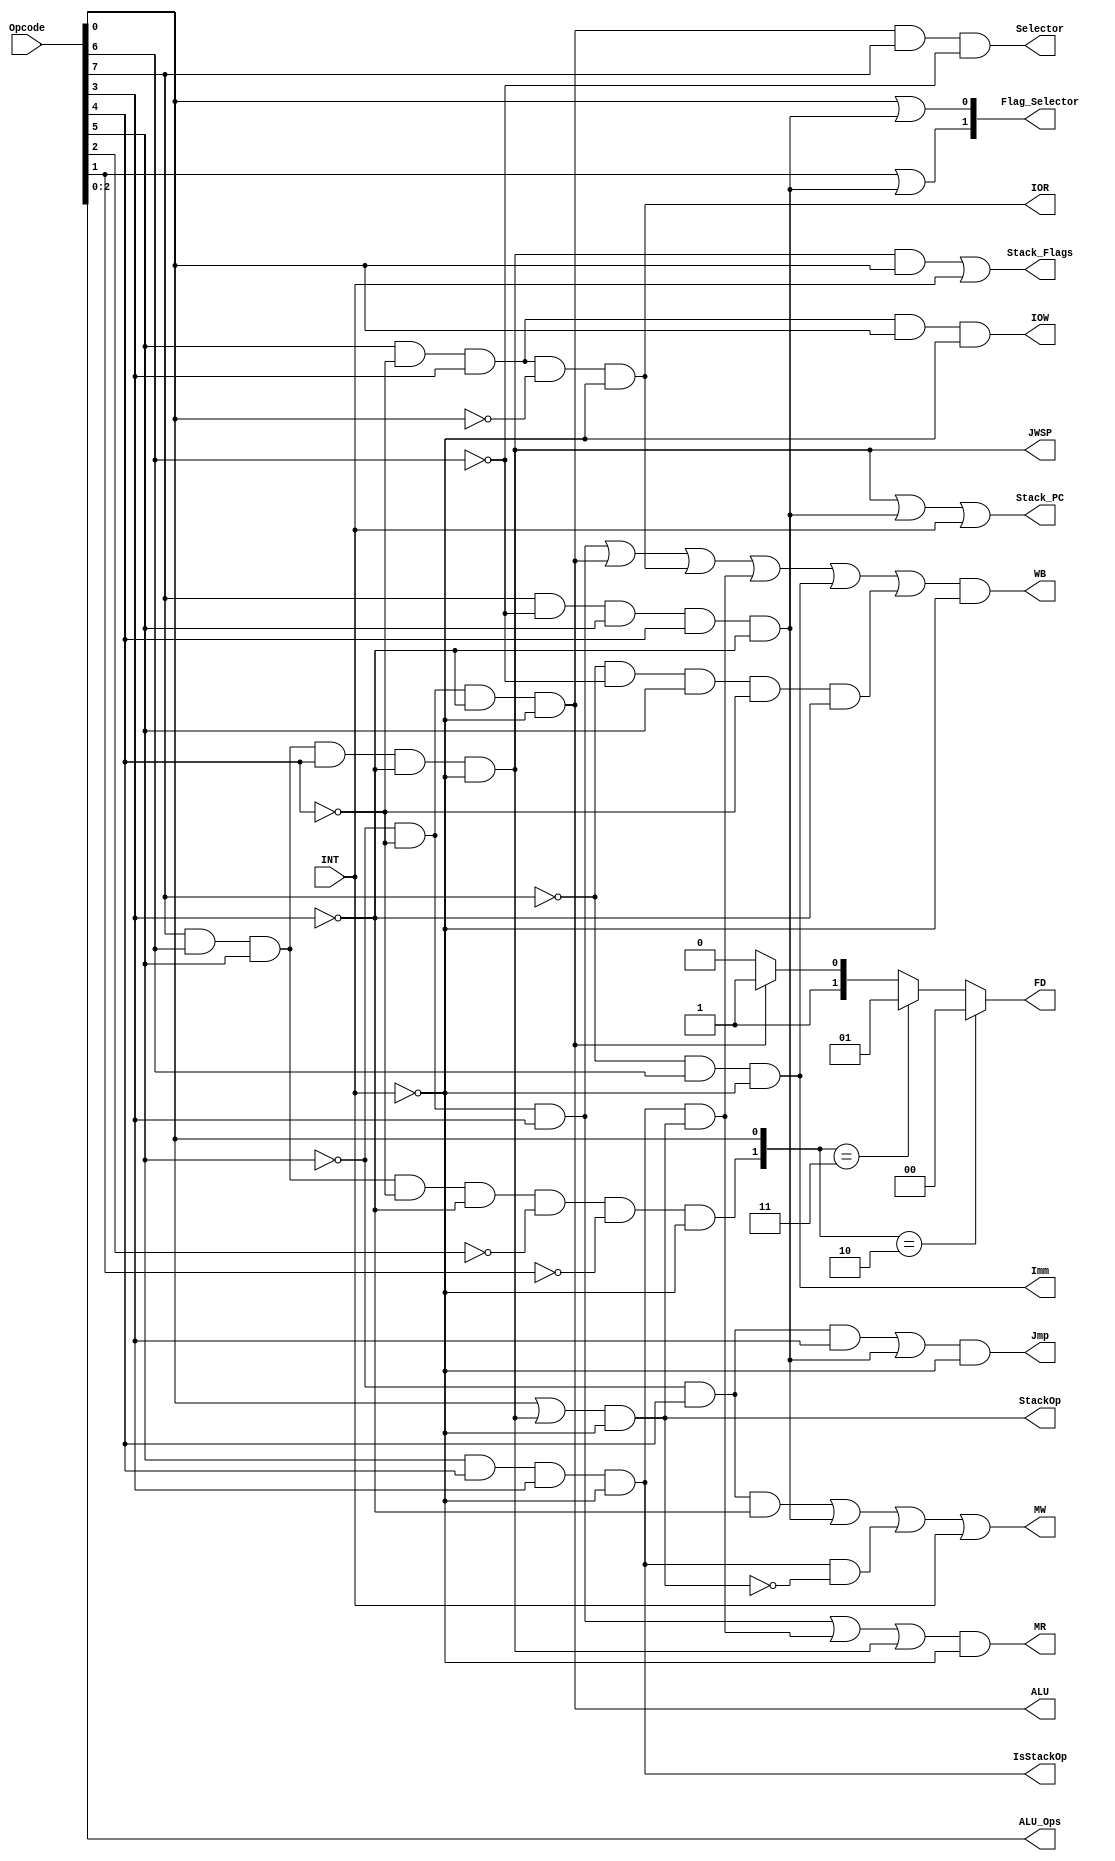
module CU (Opcode,INT, WB, ALU, ALU_Ops, Imm, Selector, MR, MW, Jmp, Flag_Selector,
		FD, IOR, IOW, IsStackOp, StackOp,
		Stack_PC, Stack_Flags, JWSP);

//Input is opcode, INT
input [7:0] Opcode;
input INT;

output WB, ALU,Imm,Selector,MR,MW,Jmp,IOR,IOW,Stack_PC,Stack_Flags,IsStackOp,StackOp,JWSP;
output [1:0] Flag_Selector;
output [2:0] ALU_Ops;
output [1:0] FD ;

wire Call;
wire IsCarryOp,CarryOp;
wire Load;
wire Store;
wire Mov;

assign ALU = (!Opcode[5] && !Opcode[4] && !Opcode[3]) && !INT; 

assign ALU_Ops = {Opcode[2],Opcode[1],Opcode[0]};

assign Imm = (!Opcode[7] && Opcode[6]) && !INT;

assign Selector = ALU && Opcode[7] && !Opcode[6];

assign Load = !Opcode[5] && !Opcode[4] && Opcode[3]; 

assign Store = !Opcode[5] && Opcode[4] && !Opcode[3]; 

assign Call = Opcode[7] && !Opcode[6] && Opcode[5] 
	   && Opcode[4] && !Opcode[3] ;

assign Mov = !Opcode[7] && !Opcode[6] && Opcode[5] 
	   && !Opcode[4] && !Opcode[3] ;

assign Jmp = ( !Opcode[5] && Opcode[4] && Opcode[3] || Call ) && !INT;

assign Flag_Selector = {Opcode[1]|| Call, Opcode[0] || Call};

assign IOR = ( Opcode[5] && !Opcode[4] && Opcode[3] && !Opcode[0] ) && !INT ;

assign IOW = ( Opcode[5] && !Opcode[4] && Opcode[3] && Opcode[0] ) && !INT ;

assign IsCarryOp = ( Opcode[7] && Opcode[6] && Opcode[5] 
	        && !Opcode[4] && !Opcode[3] && !Opcode[2] && !Opcode[1] ) && !INT;

assign CarryOp = Opcode[0];



assign JWSP = ( Opcode[7] && Opcode[6] && Opcode[5] 
	   && Opcode[4] && !Opcode[3] ) && !INT ;

assign IsStackOp = ( (Opcode[5] && Opcode[4] && Opcode[3]) ) && !INT ;

//1-> pop , 0->push
assign StackOp = ( Opcode[0] || JWSP ) && !INT ;

assign Stack_PC = ( JWSP || Call ) || INT;

assign Stack_Flags = ( (JWSP && Opcode[0]) ) || INT;

assign WB = ( Load || ALU || IOR || (IsStackOp&&StackOp) || Imm || Mov) && !INT ;

assign MR = ( Load || (IsStackOp&&StackOp) || JWSP ) && !INT;

assign MW = ( Store || Call || (IsStackOp&&!StackOp) ) || INT;

assign FD = ({IsCarryOp,CarryOp}==2'b10)?2'b00:
			({IsCarryOp,CarryOp}==2'b11)?2'b01:
			(ALU)?2'b11:2'b10;

endmodule